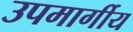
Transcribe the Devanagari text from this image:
उपमार्गीय